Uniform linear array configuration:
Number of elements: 4
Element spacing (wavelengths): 0.75
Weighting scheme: blackman
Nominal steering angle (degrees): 0
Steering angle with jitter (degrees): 1.964
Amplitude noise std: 0.05
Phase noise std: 0.05

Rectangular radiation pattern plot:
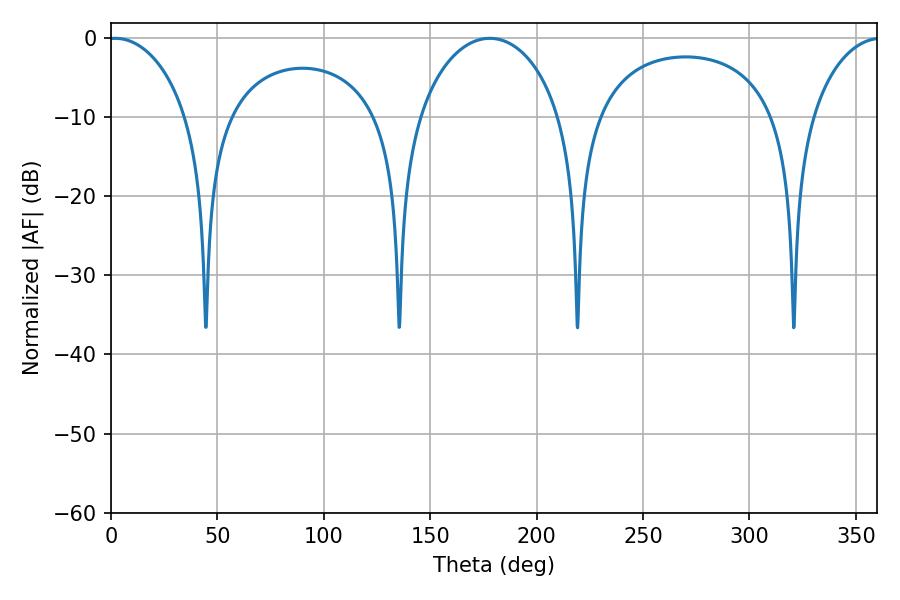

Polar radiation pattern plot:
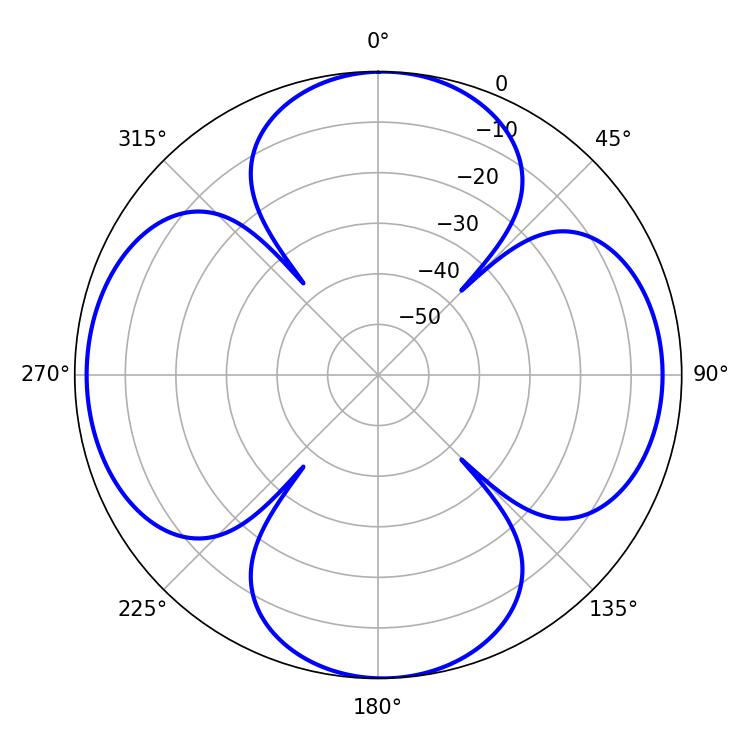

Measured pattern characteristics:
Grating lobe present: TRUE
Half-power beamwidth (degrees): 21.6
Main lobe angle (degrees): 1.98